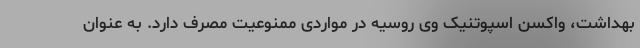
بهداشت، واکسن اسپوتنیک وی روسیه در مواردی ممنوعیت مصرف دارد. به عنوان